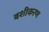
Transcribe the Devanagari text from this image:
बशीकरण